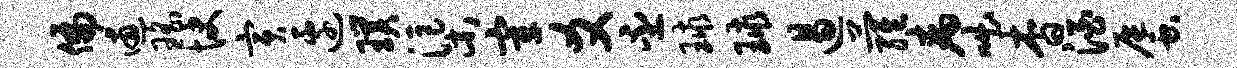
偏逋瑶快寅边璞渠宰爻丕球球遏萝病咄杳酒蜃